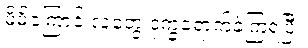
မိမိကြောင့် လူတွေ ဒုက္ခရောက်ခဲ့ကြရပြီ။